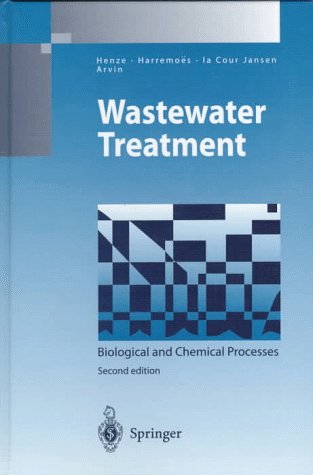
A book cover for Wastewater Treatment (Environmental Engineering); Mogen Henze; Science & Math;